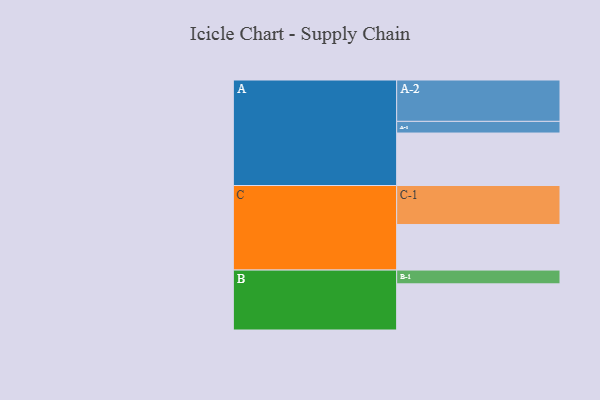
{"axis": {"x": "Segment", "y": "Value"}, "legend": ["", "A", "B", "C"], "data": [{"x": "A", "y": 373, "type": ""}, {"x": "B", "y": 328, "type": ""}, {"x": "C", "y": 324, "type": ""}, {"x": "A-1", "y": 83, "type": "A"}, {"x": "A-2", "y": 294, "type": "A"}, {"x": "B-1", "y": 98, "type": "B"}, {"x": "C-1", "y": 277, "type": "C"}]}